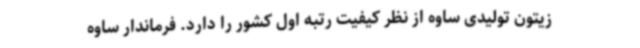
زیتون تولیدی ساوه از نظر کیفیت رتبه اول کشور را دارد. فرماندار ساوه